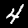
Digit: 4